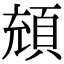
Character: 𩒘